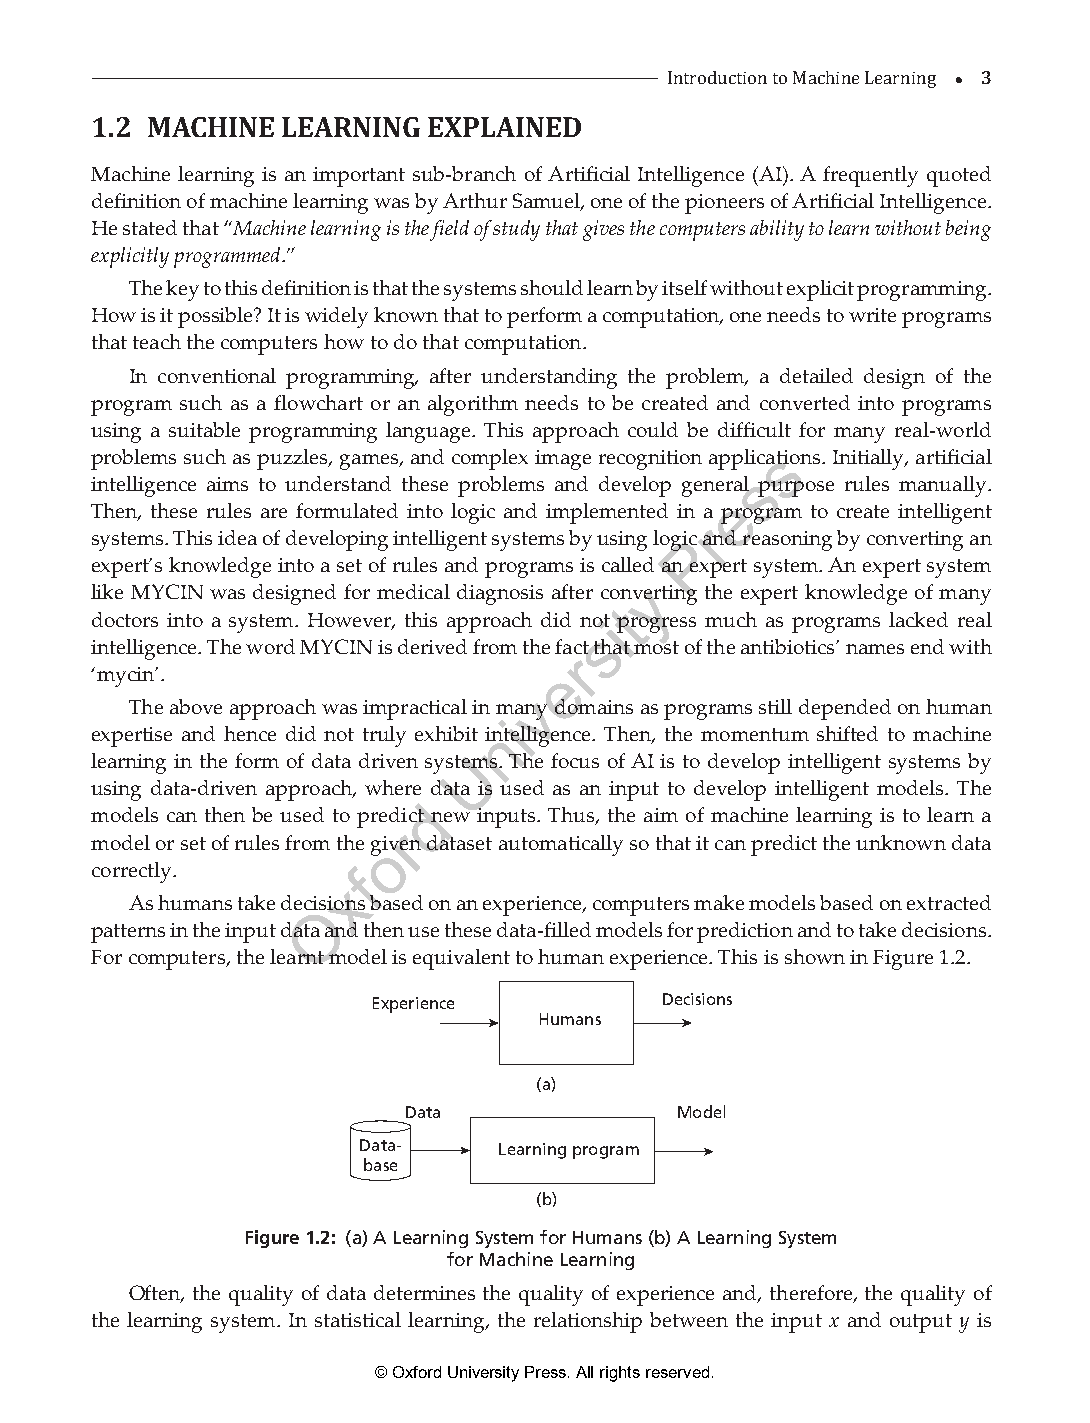
 3
 1.2 MACHINE  LEARNING EXPLAINED       Introduction to Machine Learning
 Machine learning is an important sub-branch of Artificial Intelligence (AI). A frequently quoted
 definition of machine learning was by Arthur Samuel, one of the pioneers of Artificial Intelligence.
 He stated that “Machine learning is the field of study that gives the computers ability to learn without being
 explicitly programmed.”
 The key to this definition is that the systems should learn by itself without explicit programming.
 How is it possible? It is widely known that to perform a computation, one needs to write programs
 that teach the computers how to do that computation.
 In conventional programming, after understanding the problem, a detailed design of the
 program such as a flowchart or an algorithm needs to be created and converted into programs
 using a suitable programming language. This approach could be difficult for many real-world
 problems such as puzzles, games, and complex image recognition applicastions. Initially, artificial
 s
 intelligence aims to understand these problems and develop general purpose rules manually.
 e
 Then, these rules are formulated into logic and implemented in a program to create intelligent
 r
 systems. This idea of developing intelligent systems by using logPic and reasoning by converting an
 expert’s knowledge into a set of rules and programs is called an expert system. An expert system
 y
 like MYCIN was designed for medical diagnosis after converting the expert knowledge of many
 t
 doctors into a system. However, this approach did noit progress much as programs lacked real
 s
 intelligence. The word MYCIN is derived from the fact that most of the antibiotics’ names end with
 r
 ‘mycin’.                       e
 v
 The above approach was impractical in many domains as programs still depended on human
 i
 expertise and hence did not truly exhibit inntelligence. Then, the momentum shifted to machine
 learning in the form of data driven systeUms. The focus of AI is to develop intelligent systems by
 using data-driven approach, where d ata is used as an input to develop intelligent models. The
 d
 models can then be used to predict new inputs. Thus, the aim of machine learning is to learn a
 r
 model or set of rules from the goiven dataset automatically so that it can predict the unknown data
 correctly.       f
 x
 As humans take deciOsions based on an experience, computers make models based on extracted
 patterns in the input data and then use these data-filled models for prediction and to take decisions.
 For computers, the learnt model is equivalent to human experience. This is shown in Figure 1.2.
 Experience         Decisions
 Humans
 (a)
 Data              Model
 Data-    Learning program
 base
 (b)
 Figure 1.2: (a) A Learning System for Humans (b) A Learning System
 for Machine Learning
 Often, the quality of data determines the quality of experience and, therefore, the quality of
 the learning system. In statistical learning, the relationship between the input x and output y is
 © Oxford University Press. All rights reserved.
 ML_01.indd 3                                                  26-Mar-21 3:12:40 PM